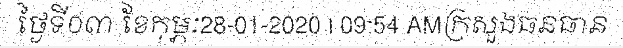
ថ្ងៃទី០៣ ខែកុម្ភៈ28-01-2020 | 09:54 AMក្រសួងធនធាន